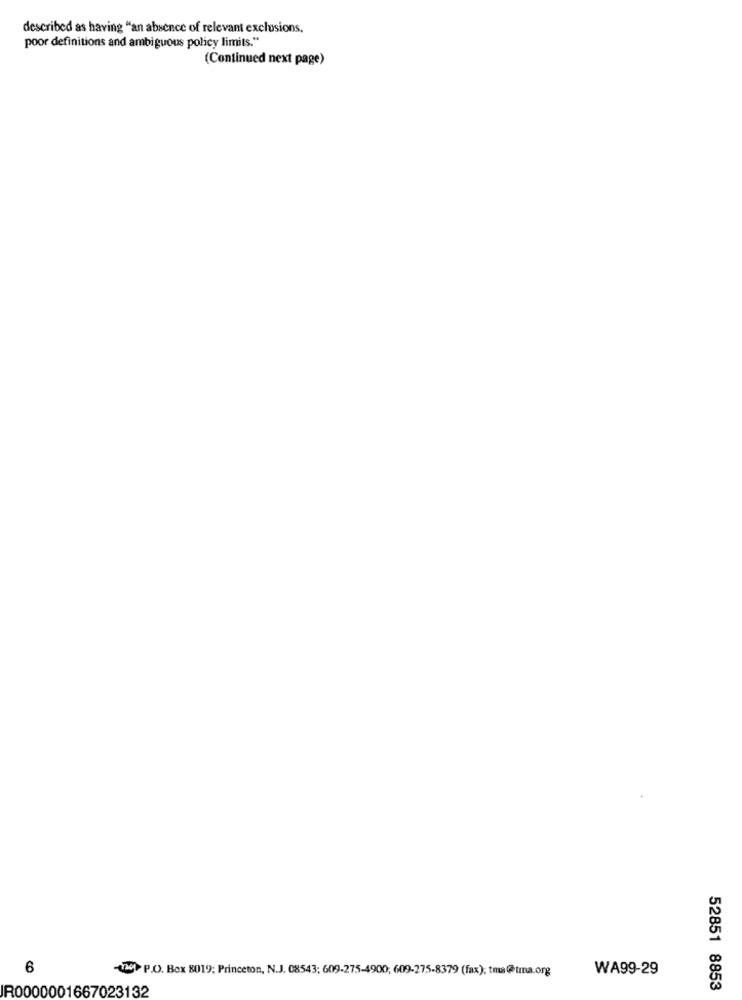
described as having "an absence of relevant exclusions.
poor definitions and ambiguous policy limits."
(Continued next page)
6
-1720 P.O. Box 8019; Princeton, N.J. 08543; 609.275-4900, 609-275-8379 (fax); tma@tma.org
WA99-29
IR0000001667023132
52851 8853